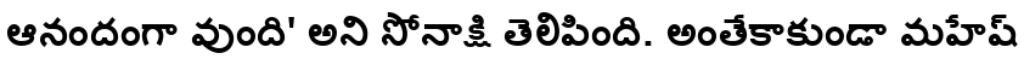
ఆనందంగా వుంది' అని సోనాక్షి తెలిపింది. అంతేకాకుండా మహేష్